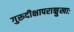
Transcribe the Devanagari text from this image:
गुरूदीक्षापराङ्मुखाः